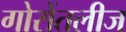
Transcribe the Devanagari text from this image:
गोरोंतलीज